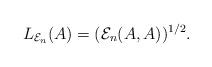
LaTeX: \begin{gather*}L_{{\mathcal E}_n}(A)=({\mathcal E}_n(A,A))^{1/2}.\end{gather*}